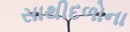
સાથીદળોના